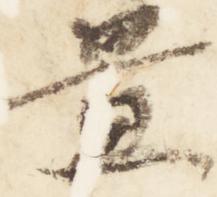
置